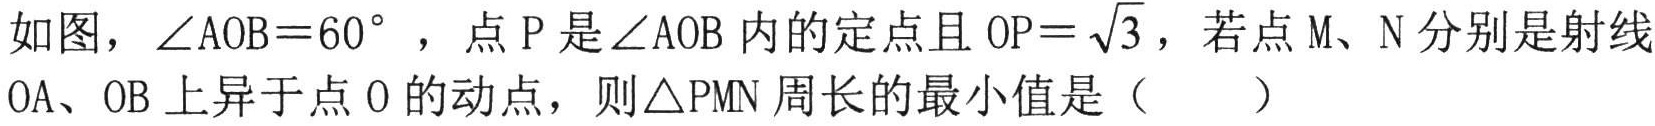
如图，$\angle AOB = 60^{\circ}$ ，点 \(P\) 是\(\angle AOB\)内的定点且 \(OP=\sqrt{3}\)，若点 \(M\)、\(N\)分别是射线 \(OA\)、\(OB\)上异于点 \(O\)的动点，则\(\triangle PMN\)周长的最小值是（  ）